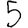
Digit: 5